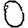
Digit: 0